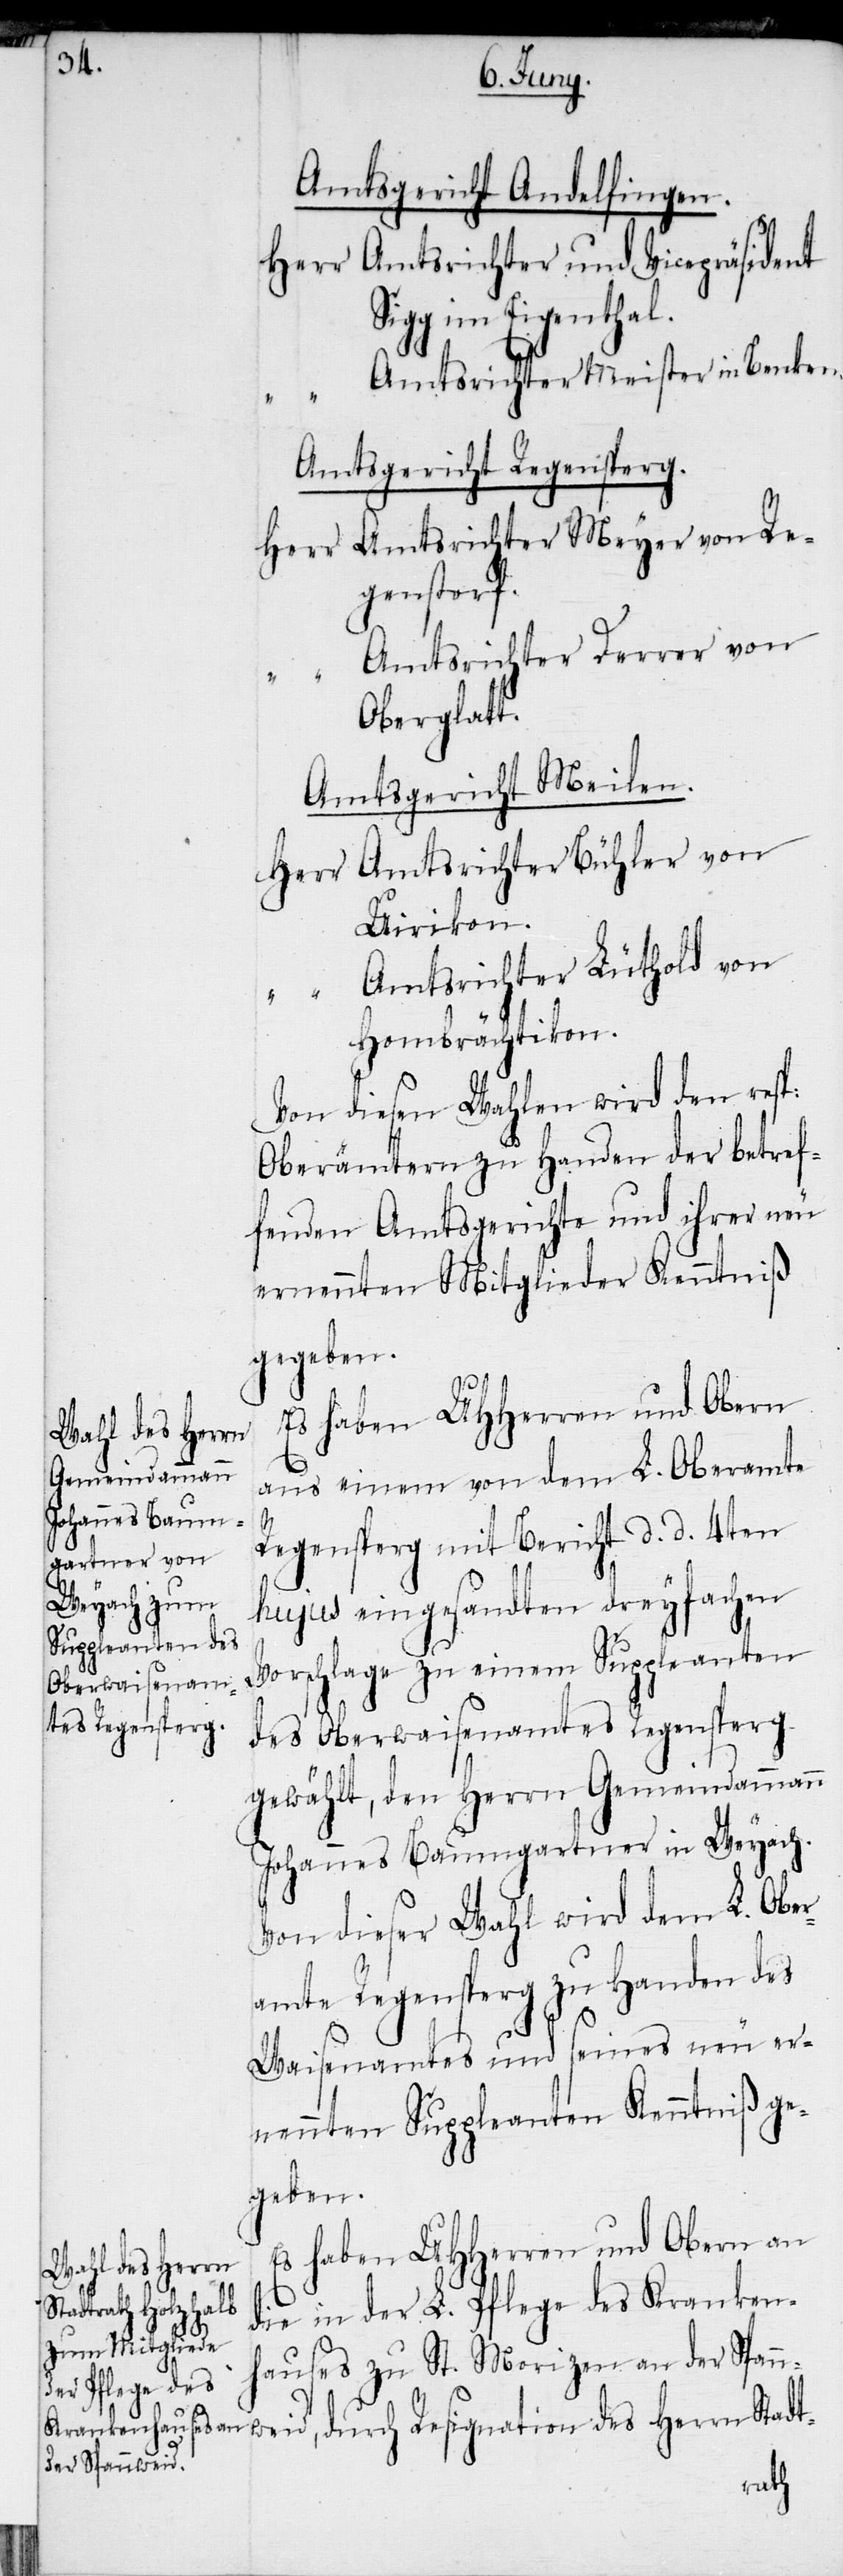
weid,

Amtsgericht Andelfingen.
Herr	Amtsrichter und Vicepräsident
Sigg im Eigenthal.
“		Amtsrichter Meister in Benken.
Amtsgericht Regensperg.
Herr	Amtsrichter Meyer von Re¬
genstorf.
“		Amtsrichter Derrer von
Oberglatt.
Amtsgericht Meilen.
Herr	Amtsrichter Bühler von
Uirikon.
“		Amtsrichter Lüthold von
Hombrächtikon.
Von diesen Wahlen wird den resp:
Oberämtern zu Handen der betref¬
fenden Amtsgerichte und ihrer neu
ernennten Mitglieder Kenntniß
gegeben.
Es haben UHHerren und Obern
aus einem von dem L. Oberamte
Regensperg mit Bericht d. d. 4ten
hujus eingesandten dreyfachen
Vorschlage zu einem Suppleanten
des Oberwaisenamtes Regensperg
gewählt, den Herrn Gemeindammann
Johannes Baumgartner in Weyach.
Von dieser Wahl wird dem L. Ober¬
amte Regensperg zu Handen des
Waisenamtes und seines neu er¬
nennten Suppleanten Kenntniß ge¬
geben.
Es haben UHHerren und Obern an
des Herrn
die in der L. Pflege des Kranken¬
hauses zu St. Morizen an der Spann¬